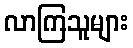
လာကြသူများ